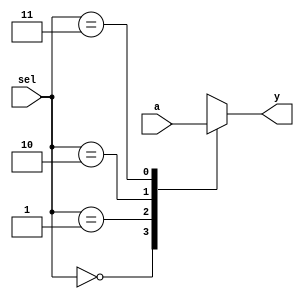
module muxbeh(input [0:1]sel,
		input[0:3]a,
		output reg y);
always @(sel,a)
 begin 
  case(sel)
   2'b00 : y=a[0];
   2'b01 : y=a[1];
   2'b10 : y=a[2];
   2'b11 : y=a[3];
  endcase
 end 
endmodule